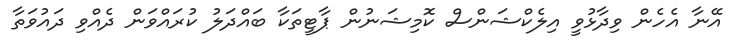
އޭނާ އެހެން ވިދާޅުވީ އިލެކްޝަންސް ކޮމިޝަނުން ޕާޓީތަކާ ބައްދަލު ކުރައްވަން ދެއްވި ދައުވަތާ